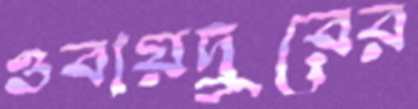
ওবায়দুরের